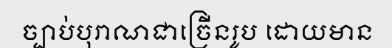
ច្បាប់បុរាណជាច្រើនរូប ដោយមាន